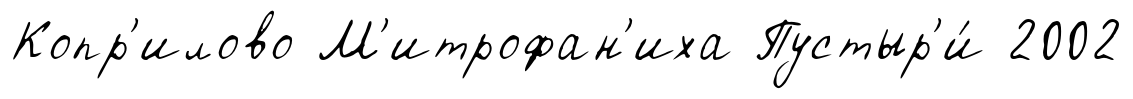
Копр'илово М'итрофан'иха Пустыр'и́ 2002